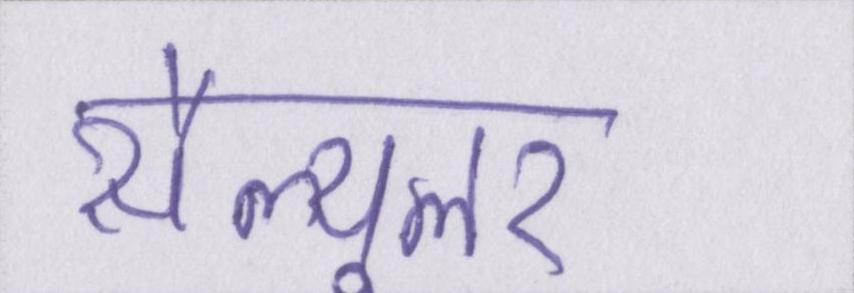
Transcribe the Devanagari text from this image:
सैल्यूलर